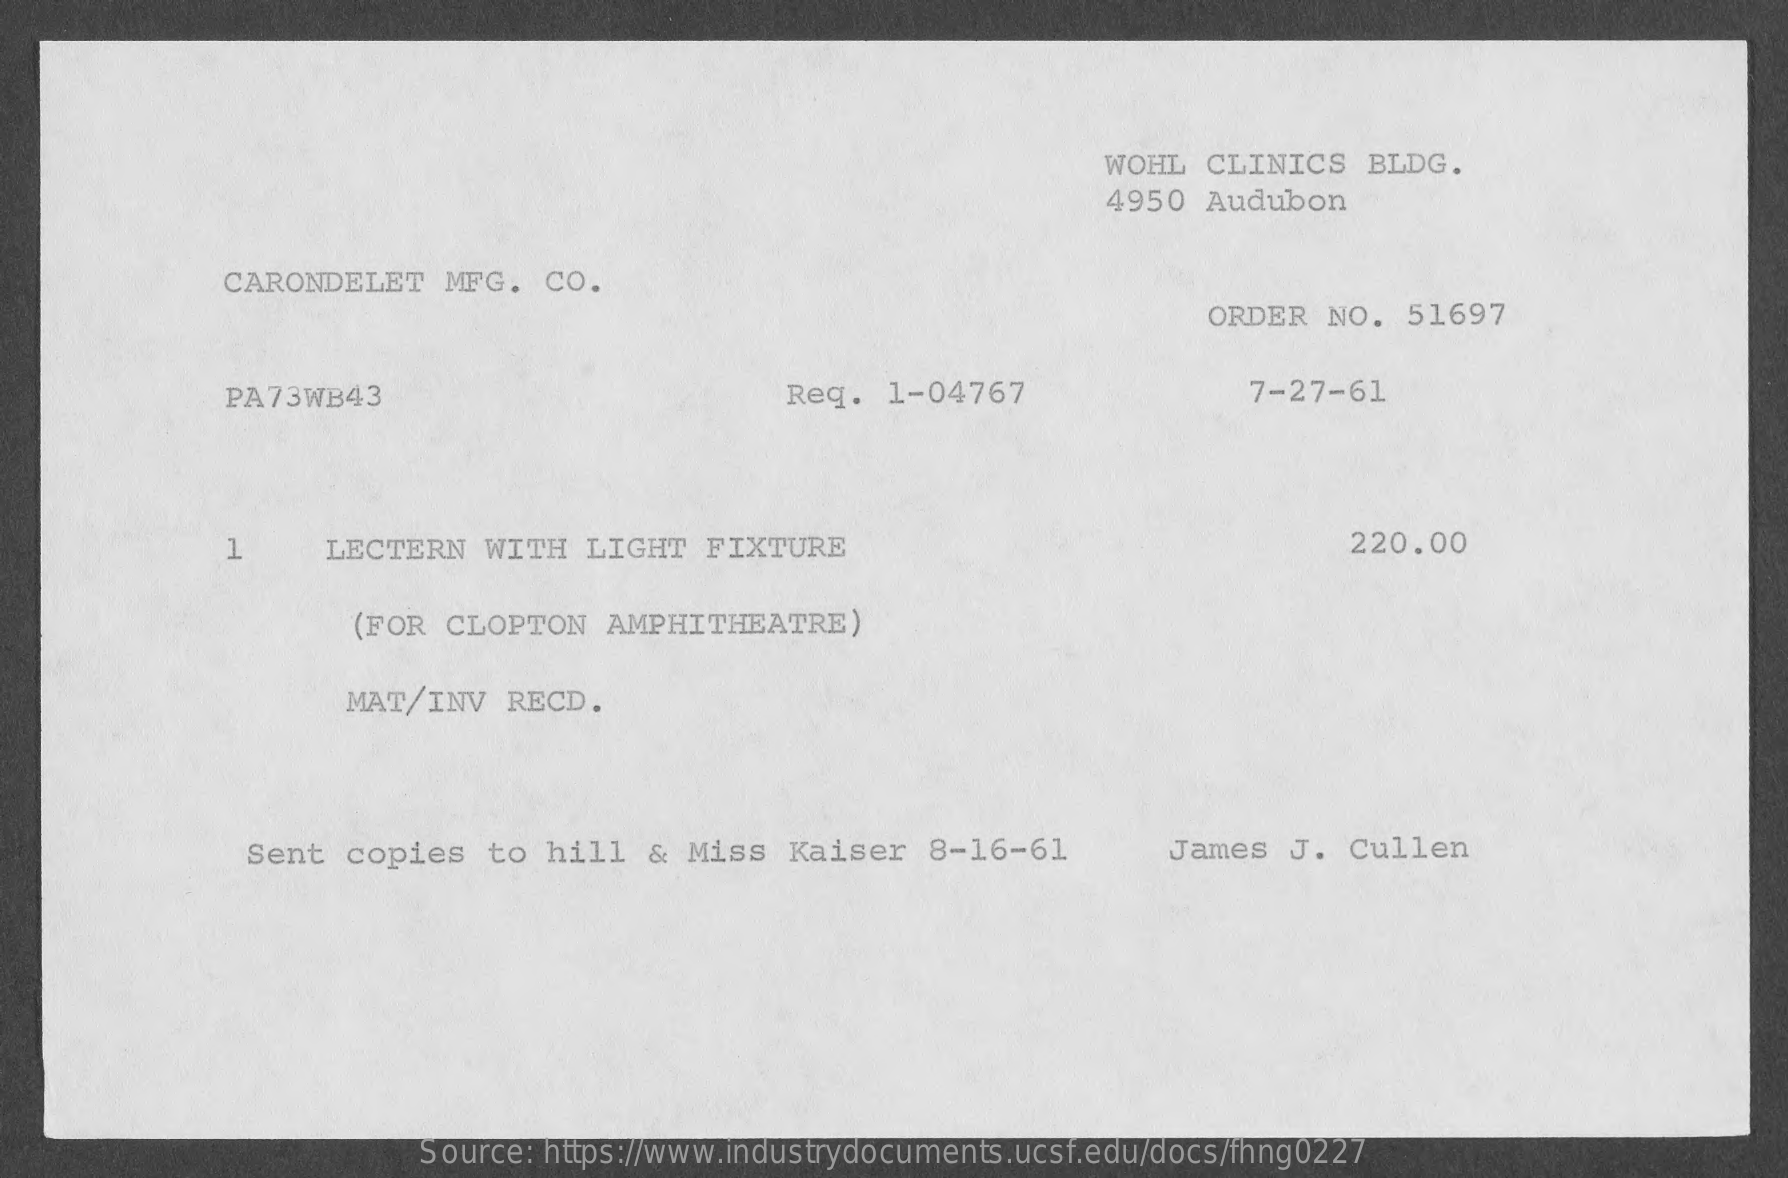
WOHL  CLINICS   BLDG.
     4950  Audubon
     CARONDELET    MFG.  CO.
     ORDER  NO.  51697
     PA73WB43    Req.  1-04767    7-27-61
     1    LECTERN   WITH   LIGHT  FIXTURE    220.00
     (FOR  CLOPTON   AMPHITHEATRE)
     MAT/INV   RECD.
     Sent  copies   to hill  &  Miss  Kaiser   8-16-61    James  J.  Cullen
     Source: https://www.industrydocuments.ucsf.edu/docs/fhng0227